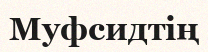
Муфсидтің